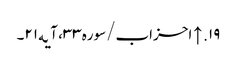
۱۹. ↑ احزاب/سوره۳۳، آیه۲۱۔